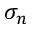
\sigma _ { n }